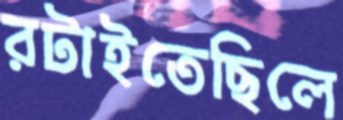
রটাইতেছিলে